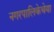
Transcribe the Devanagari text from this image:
नगरपालिकेचेया